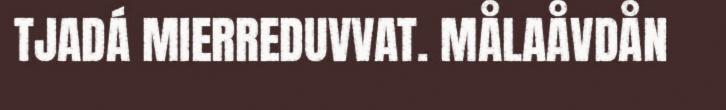
TJADÁ MIERREDUVVAT. MÅLAÅVDÅN